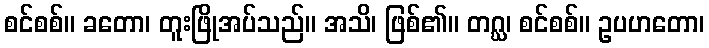
စင်စစ်။ ခတော၊ တူးဖြိုအပ်သည်။ အသိ၊ ဖြစ်၏။ တဂ္ဃ၊ စင်စစ်။ ဥပဟတော၊